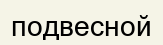
подвесной